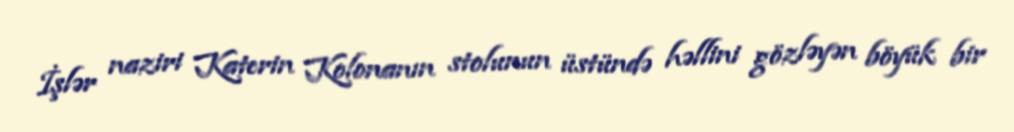
İşlər naziri Katerin Kolonanın stolunun üstündə həllini gözləyən böyük bir